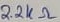
Text: 2.2KΩ